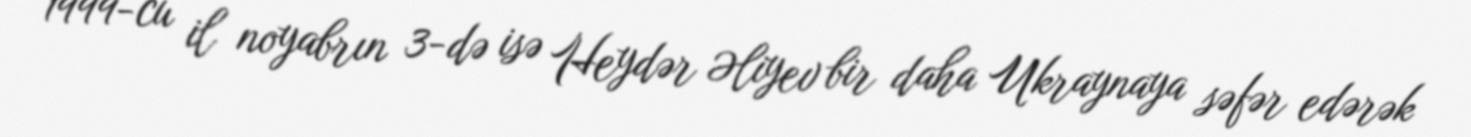
1999-cu il noyabrın 3-də isə Heydər Əliyev bir daha Ukraynaya səfər edərək